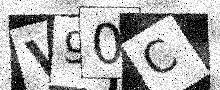
Text: V90C